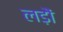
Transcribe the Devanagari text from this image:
लड़ौं